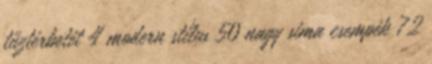
tűztérbetét 4 modern stílus 50 nagy sima csempék 72